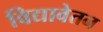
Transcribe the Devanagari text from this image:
विद्यावेतन